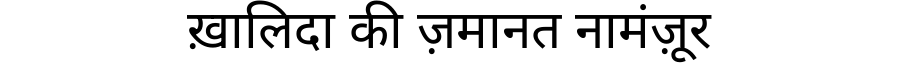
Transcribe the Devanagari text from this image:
ख़ालिदा की ज़मानत नामंज़ूर